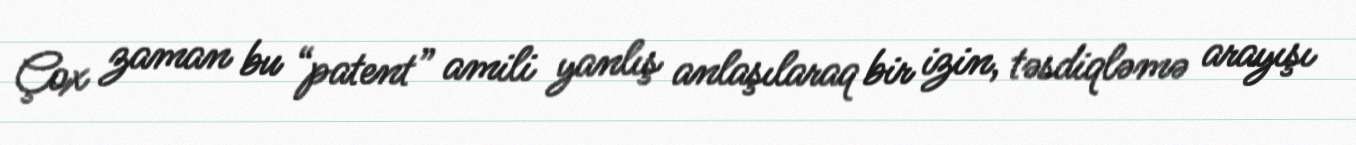
Çox zaman bu “patent” amili yanlış anlaşılaraq bir izin, təsdiqləmə arayışı